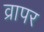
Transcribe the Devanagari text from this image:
व्रापर